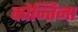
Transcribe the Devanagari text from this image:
कोन्तिना